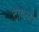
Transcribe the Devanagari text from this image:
टाहला